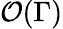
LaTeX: \mathcal{O}(\Gamma)